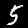
Label: 5